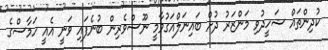
ކުދިންތައް ޝަހީދުވި މަންޒަރު ދުށް ބައިނަލްއަގުވާމީ ނޫސްވެރިން ބުނެފައި ވަނީ އެއީ ހަމާސްގެ